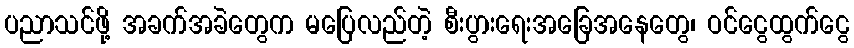
ပညာသင်ဖို့ အခက်အခဲတွေက မပြေလည်တဲ့ စီးပွားရေးအခြေအနေတွေ၊ ဝင်ငွေထွက်ငွေ